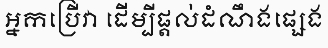
អ្នកប្រើវា ដើម្បីផ្តល់ដំណឹងផ្សេង